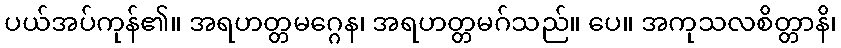
ပယ်အပ်ကုန်၏။ အရဟတ္တမဂ္ဂေန၊ အရဟတ္တမဂ်သည်။ ပေ။ အကုသလစိတ္တာနိ၊